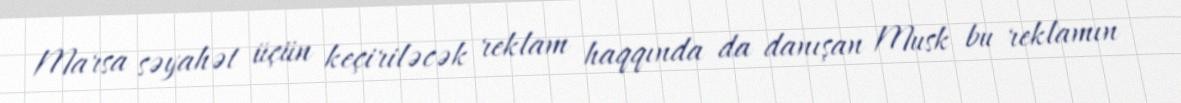
Marsa səyahət üçün keçiriləcək reklam haqqında da danışan Musk bu reklamın